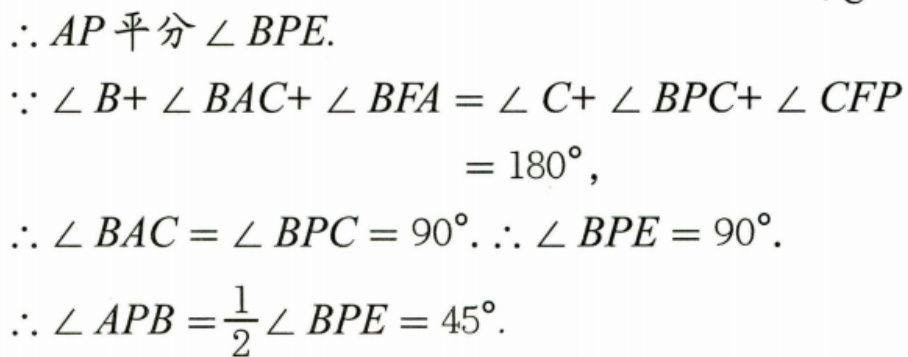
\(\therefore AP\)平分\(\angle BPE.\)
\(\because \angle B+\angle BAC+\angle BFA=\angle C+\angle BPC+\angle CFP\)
\(= 180^{\circ},\)
\(\therefore \angle BAC=\angle BPC = 90^{\circ}.\therefore \angle BPE = 90^{\circ}.\)
\(\therefore \angle APB=\frac{1}{2}\angle BPE = 45^{\circ}.\)